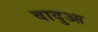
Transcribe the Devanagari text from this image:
वादुआ